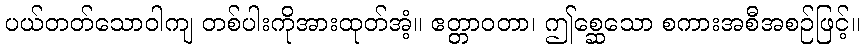
ပယ်တတ်သောဝါကျ တစ်ပါးကိုအားထုတ်အံ့။ ဧတ္တာဝတာ၊ ဤစ္ဆေသော စကားအစီအစဉ်ဖြင့်။